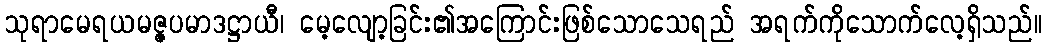
သုရာမေရယမဇ္ဇပမာဒဋ္ဌာယီ၊ မေ့လျော့ခြင်း၏အကြောင်းဖြစ်သောသေရည် အရက်ကိုသောက်လေ့ရှိသည်။